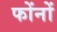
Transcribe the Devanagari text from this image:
फोंनों